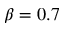
\beta = 0 . 7